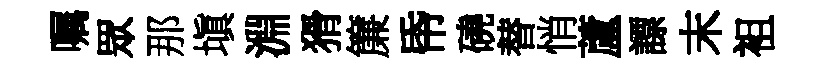
嘱眾那塡淵猾簾帋磽替悄蘆謤末袓